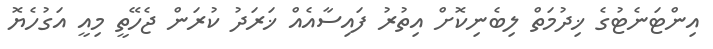
އިންޓަނެޓުގެ ޚިދުމަތް ލިބެނިކޮށް އިތުރު ފައިސާއެއް ޚަރަދު ކުރަން ޖެހޭތީ މިއީ އަގުހެޔޮ